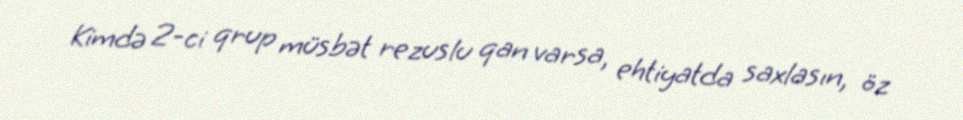
Kimdə 2-ci qrup müsbət rezuslu qan varsa, ehtiyatda saxlasın, öz